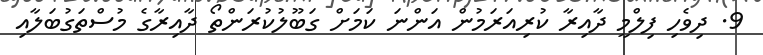
9. ދިވެހި ފިލްމީ ދާއިރާ ކުރިއަރަމުން އަންނަ ކަމަށް ގަބޫލުކުރަންތޯ ދާއިރާގެ މުސްތަގުބަލާއި